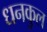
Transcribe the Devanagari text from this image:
धनकुल